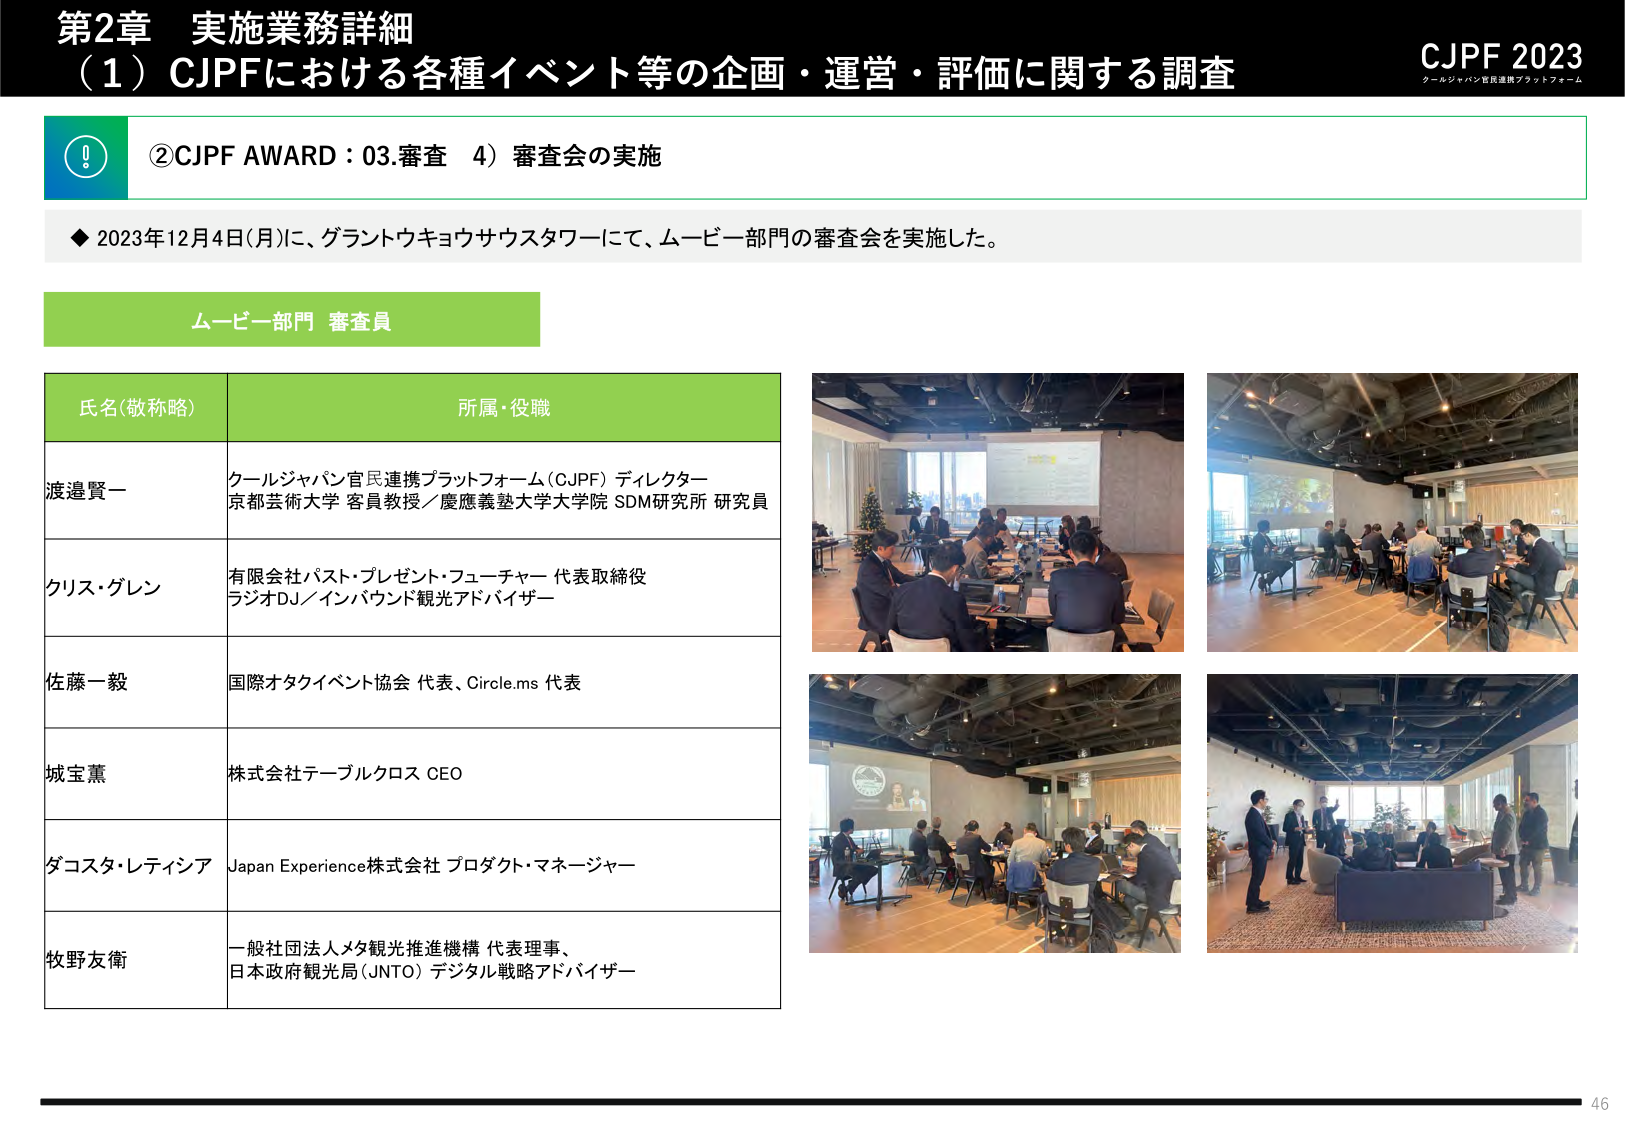
第2章 実施業務詳細
（1）CJPFにおける各種イベント等の企画・運営・評価に関する調査

CJPF 2023
クールジャパン官民連携プラットフォーム

②CJPF AWARD：03.審査 4）審査会の実施

◆ 2023年12月4日(月)に、グラントウキョウサウスタワーにて、ムービー部門の審査会を実施した。

ムービー部門 審査員

氏名(敬称略)